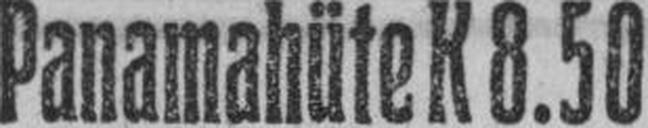
Panamahüte K 8.50